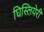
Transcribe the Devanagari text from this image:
घिस्लियेरी